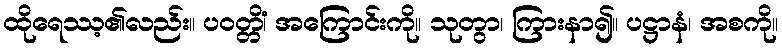
ထိုရေဿ့၏လည်း။ ပဝတ္တိံ၊ အကြောင်းကို။ သုတွာ၊ ကြားနာ၍။ ပဋ္ဌာနံ၊ အစကို။